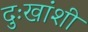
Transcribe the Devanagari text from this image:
दुःखांशी